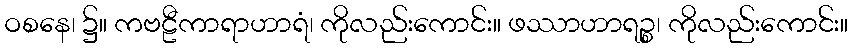
ဝစနေ၊ ၌။ ကဗဠီကာရာဟာရံ၊ ကိုလည်းကောင်း။ ဖဿာဟာရဉ္စ၊ ကိုလည်းကောင်း။